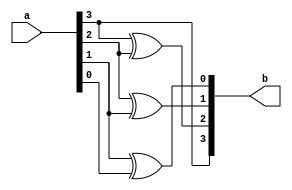
module bcdtogray_gate (a,b
);
input [3:0] a;
output [3:0] b;

buf b1(b[3],a[3]);
xor x1(b[2],a[3],a[2]);
xor x1(b[1],a[2],a[1]);
xor x1(b[0],a[1],a[0]);
    
endmodule